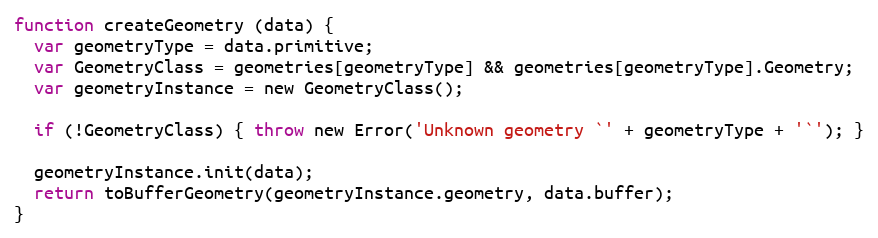
Language: JavaScript
function createGeometry (data) {
  var geometryType = data.primitive;
  var GeometryClass = geometries[geometryType] && geometries[geometryType].Geometry;
  var geometryInstance = new GeometryClass();

  if (!GeometryClass) { throw new Error('Unknown geometry `' + geometryType + '`'); }

  geometryInstance.init(data);
  return toBufferGeometry(geometryInstance.geometry, data.buffer);
}